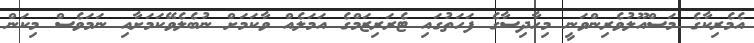
އެމެރިކާގެ މަސްއޫލުވެރިންވަނީ މިހާދިސާގެ ފަހަތުގައި ޓެރަރިޒަމްގެ އަމަލެއް ވާކަމަށް ނުބެލެވޭކަމަށާއި ނަމަވެސް މިކަން